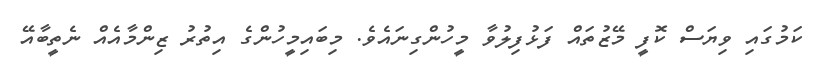
ކަމުގައި ވިޔަސް ކޮފީ މޭޒުތައް ފަޅުފިލުވާ މީހުންގިނައެވެ. މިބައިމީހުންގެ އިތުރު ޒިންމާއެއް ނެތީބާއޭ